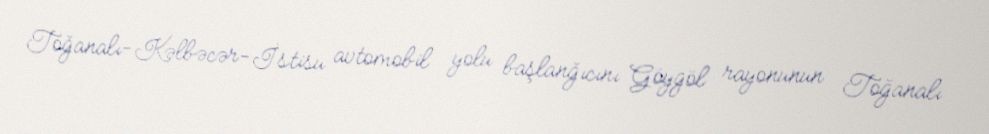
Toğanalı-Kəlbəcər-İstisu avtomobil yolu başlanğıcını Göygöl rayonunun Toğanalı